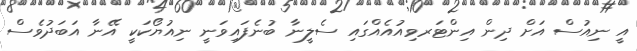
އީ ނިއުސް އަށް ދިން އިންޓަރވިއުއެއްގައި ސެލީނާ ބުނެފައިވަނީ ނިއުޔޯކަކީ އޭނާ އަބަދުވެސް